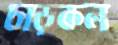
চাড়কল